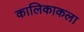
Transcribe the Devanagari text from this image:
कालिकाकला